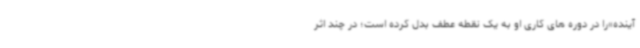
آینده»را در دوره های کاری او به یک نقطه عطف بدل کرده است؛ در چند اثر